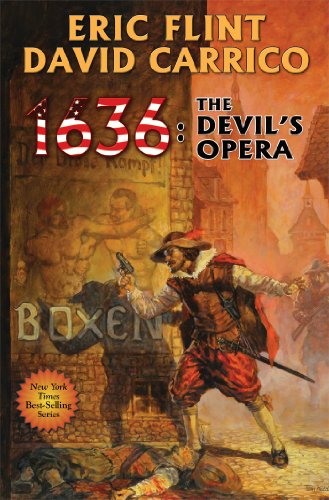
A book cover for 1636: The Devil's Opera (The Ring of Fire); Eric Flint; Science Fiction & Fantasy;